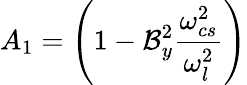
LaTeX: A_{1}=\left(1-\mathcal{B}_{y}^{2}\frac{{\omega_{cs}^{2}}}{{\omega_{l}^{2}}}\right)